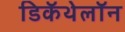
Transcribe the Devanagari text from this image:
डिकॅथेलॉन